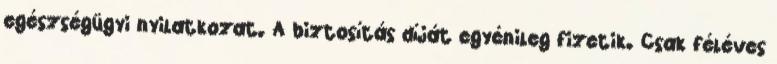
egészségügyi nyilatkozat. A biztosítás díját egyénileg fizetik. Csak féléves